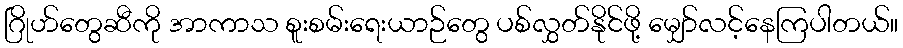
ဂြိုဟ်တွေဆီကို အာကာသ စူးစမ်းရေးယာဉ်တွေ ပစ်လွှတ်နိုင်ဖို့ မျှော်လင့်နေကြပါတယ်။